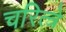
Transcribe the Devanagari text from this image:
चरित्त्रे